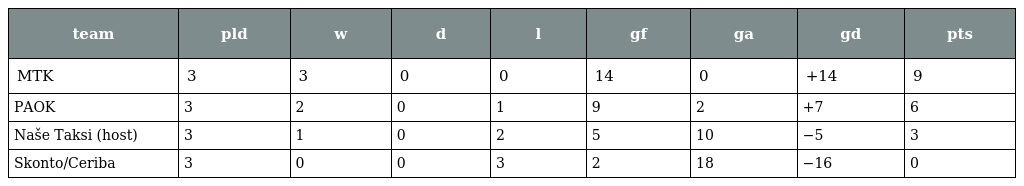
| team | pld | w | d | l | gf | ga | gd | pts |
 | --- | --- | --- | --- | --- | --- | --- | --- | --- |
 | MTK | 3 | 3 | 0 | 0 | 14 | 0 | +14 | 9 |
 | PAOK | 3 | 2 | 0 | 1 | 9 | 2 | +7 | 6 |
 | Naše Taksi (host) | 3 | 1 | 0 | 2 | 5 | 10 | −5 | 3 |
 | Skonto/Ceriba | 3 | 0 | 0 | 3 | 2 | 18 | −16 | 0 |